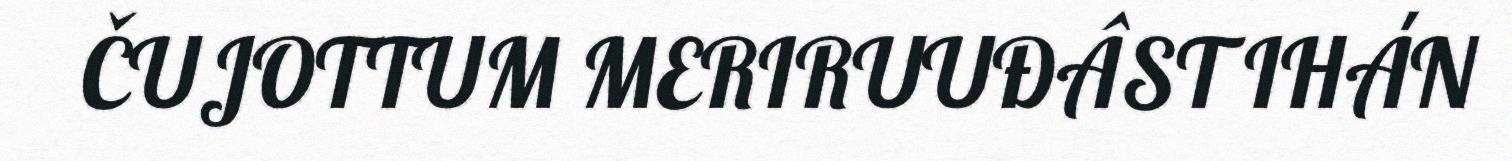
ČUJOTTUM MERIRUUĐÂST IHÁN